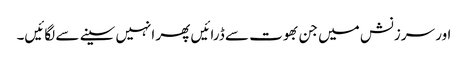
اور سرزنش میں جن بھوت سے ڈرائیں پھر انہیں سینے سے لگائیں۔